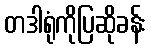
တဒါရုံကိုပြဆိုခန်း